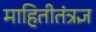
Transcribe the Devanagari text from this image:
माहितीतंत्रज्ञ